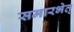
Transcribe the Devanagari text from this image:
समारभेत्